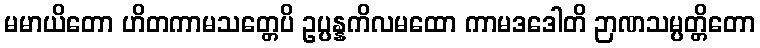
မမာယိတော ဟိတကာမသတ္တေပိ ဥပ္ပန္နကိလမထော ကာမဒဒေါတိ ဉာဏသမ္ပတ္တိတော